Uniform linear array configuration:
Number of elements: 48
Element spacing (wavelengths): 0.25
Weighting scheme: exponential
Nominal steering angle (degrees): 0
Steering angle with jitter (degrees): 0.9451
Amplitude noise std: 0.05
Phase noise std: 0.05

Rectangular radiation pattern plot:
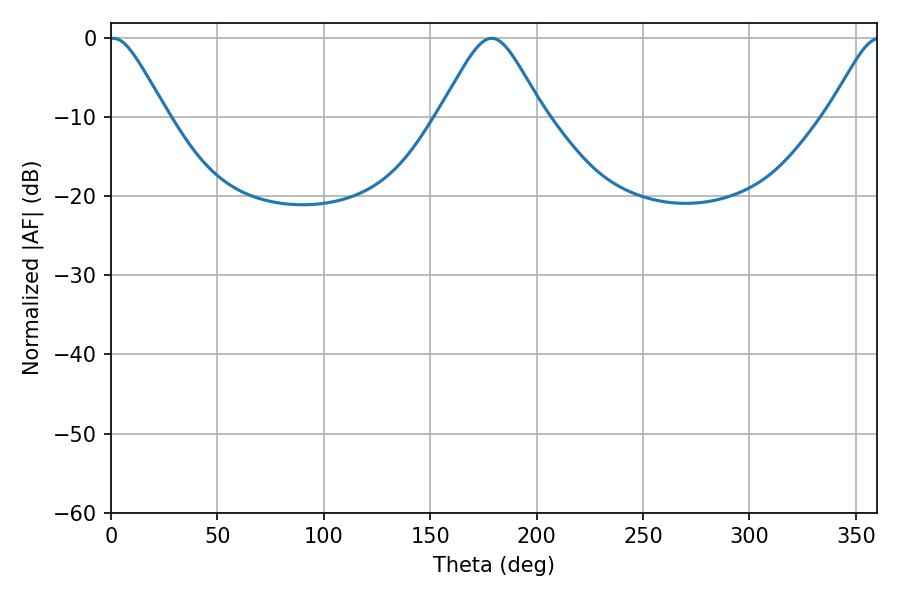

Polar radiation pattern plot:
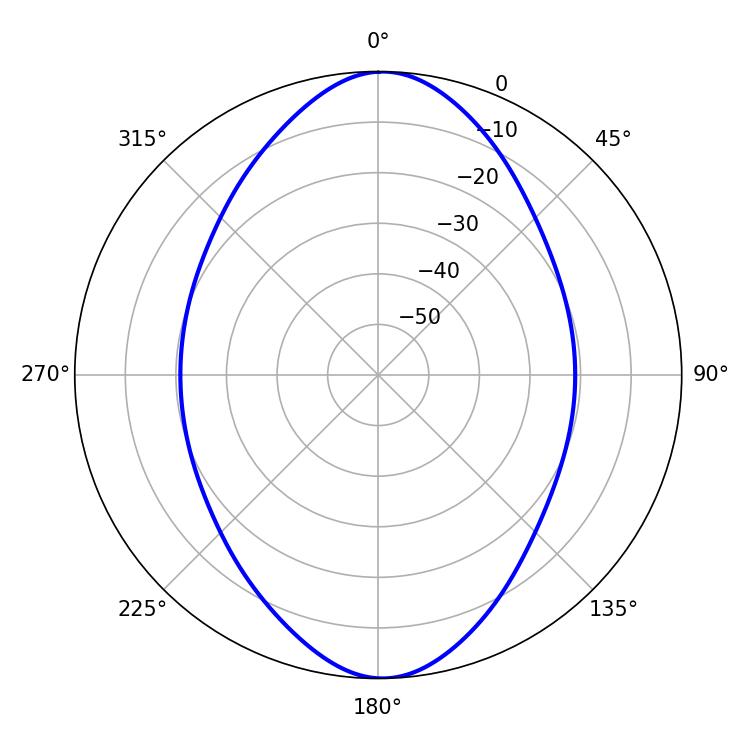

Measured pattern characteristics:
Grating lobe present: FALSE
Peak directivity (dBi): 21.31
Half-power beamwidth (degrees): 12.96
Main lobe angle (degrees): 1.08